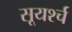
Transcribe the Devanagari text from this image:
सूयर्श्च